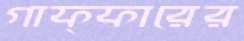
গাফ্ফারের